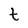
Character: t